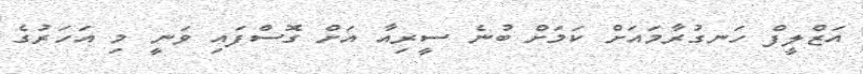
އަޒްލީފް ހަނގުރާމައަށް ކަމަށް ބުނެ ސީރިއާ އަށް ގޮސްފައި ވަނީ މި އަހަރުގެ